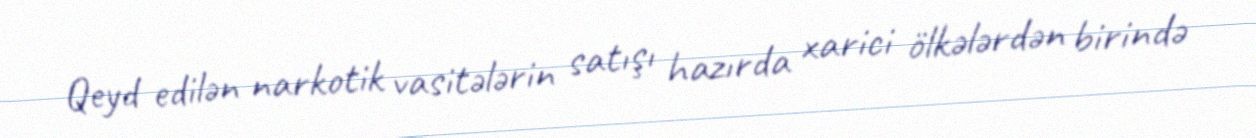
Qeyd edilən narkotik vasitələrin satışı hazırda xarici ölkələrdən birində